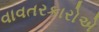
વાવતરકારોએ